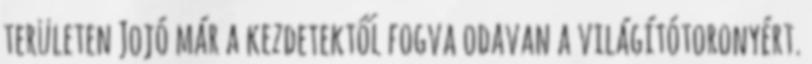
területen Jojó már a kezdetektől fogva odavan a világítótoronyért.